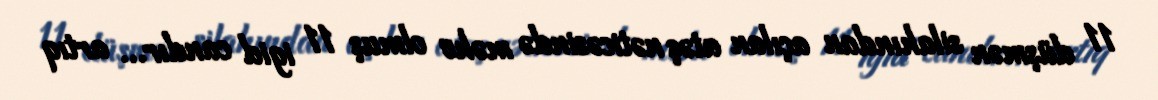
11 düşmən silahından açılan atəş nəticəsində məhv olmuş 11 igid candır... artıq